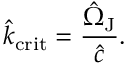
\hat { k } _ { \mathrm { c r i t } } = \frac { \hat { \Omega } _ { \mathrm { J } } } { \hat { c } } .